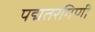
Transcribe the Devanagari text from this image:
पद्मतरंगिणी